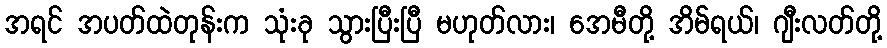
အရင် အပတ်ထဲတုန်းက သုံးခု သွားပြီးပြီ မဟုတ်လား၊ အေမီတို့ အိမ်ရယ်၊ ဂျီးလတ်တို့